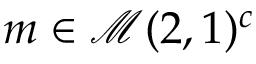
m \in \mathcal { M } ( 2 , 1 ) ^ { c }